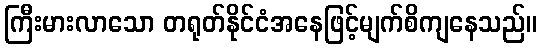
ကြီးမားလာသော တရုတ်နိုင်ငံအနေဖြင့်မျက်စိကျနေသည်။